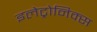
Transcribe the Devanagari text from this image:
इलेट्रोनिक्स